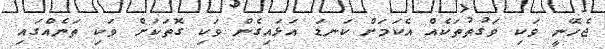
ޖެހޭނީ ވަކި ވަގުތުތަކެއް އެކަމަށް ކަނޑަ އަޅައިގެން ވަކި ގޮތަކަށް ވަކި ތަނެއްގައި